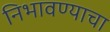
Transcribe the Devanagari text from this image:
निभावण्याचा